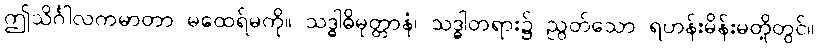
ဤသိင်္ဂါလကမာတာ မထေရ်မကို။ သဒ္ဓါဓိမုတ္တာနံ၊ သဒ္ဓါတရား၌ ညွတ်သော ရဟန်းမိန်းမတို့တွင်။